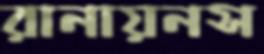
রানায়নস